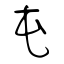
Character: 屯